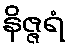
နိဇ္ဇရံ